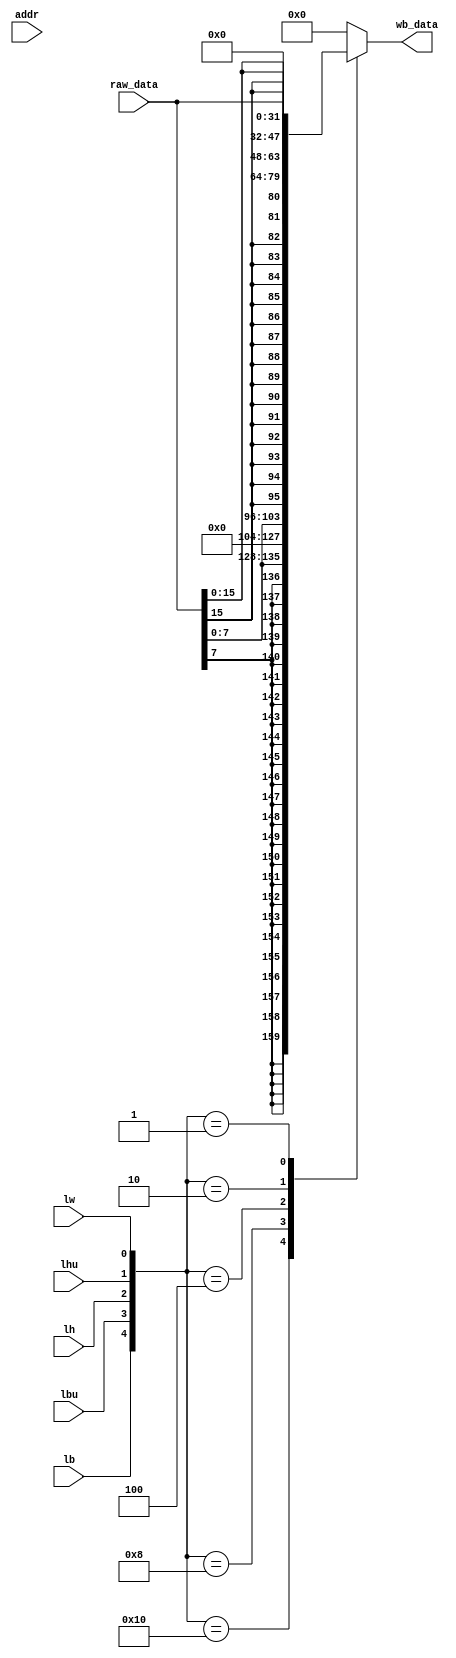
module load_decoder(
	input [31:0] addr,
	input [31:0] raw_data,
	input lb, lbu, lh, lhu, lw,
	output [31:0] wb_data
);
	reg [31:0] data;
	assign wb_data = data;
	always @(*) begin
		case ({lb, lbu, lh, lhu, lw})
			5'b10000: data = $signed(raw_data[7:0]);
			5'b01000: data = $unsigned(raw_data[7:0]);
			5'b00100: data = $signed(raw_data[15:0]);
			5'b00010: data = $unsigned(raw_data[15:0]);
			5'b00001: data = raw_data;
			default: data = 32'b0;
		endcase
	end

endmodule